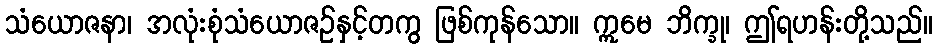
သံယောဇနာ၊ အလုံးစုံသံယောဇဉ်နှင့်တကွ ဖြစ်ကုန်သော။ ဣမေ ဘိက္ခု၊ ဤရဟန်းတို့သည်။